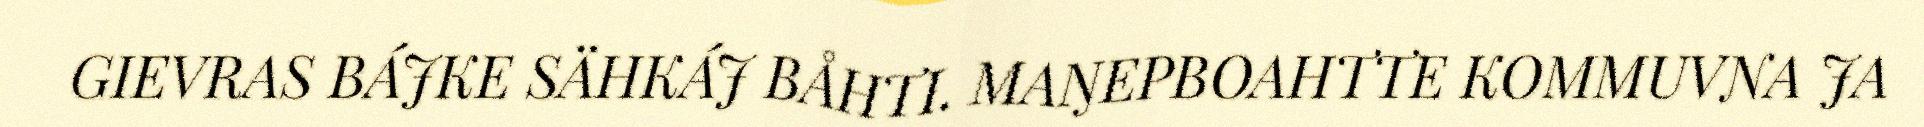
GIEVRAS BÁJKE SÄHKÁJ BÅHTI. MAŊEPBOAHTTE KOMMUVNA JA